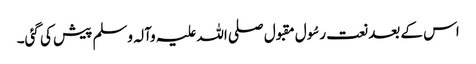
اس کے بعد نعت رسُول مقبول صلی اللہ علیہ وآلہ وسلم پیش کی گئی۔